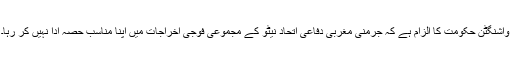
واشنگٹن حکومت کا الزام ہے کہ جرمنی مغربی دفاعی اتحاد نیٹو کے مجموعی فوجی اخراجات میں اپنا مناسب حصہ ادا نہیں کر رہا۔